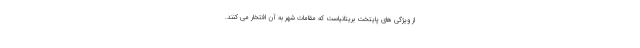
از ویژگی های پایتخت بریتانیاست که مقامات شهر به آن افتخار می کنند.